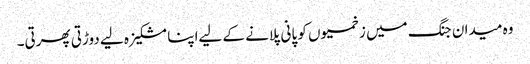
وہ میدان جنگ میں زخمیوں کو پانی پلانے کے لیےاپنا مشکیزہ لیے دوڑتی پھرتی۔